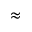
\approx